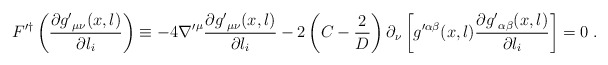
\begin{align*}F'^{\dag} \left( \frac{\partial {g'}_{\mu\nu}(x,l) }{\partial l_{i}}\right) \equiv - 4 {\nabla'}^{\mu} \frac{\partial {g'}_{\mu\nu}(x,l) }{\partial l_{i}} - 2 \left( C - \frac{2}{D} \right) \partial_{\nu} \left[ {g}'^{\alpha\beta}(x,l) \frac{\partial {g'}_{\alpha\beta}(x,l) }{\partial l_{i}} \right]=0 \; .\end{align*}